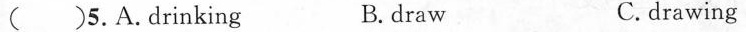
() 5. A. Drinking B. draw C.drawing